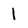
Character: 1